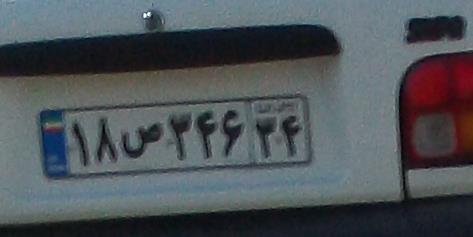
۱۸ص۳۴۶۳۴